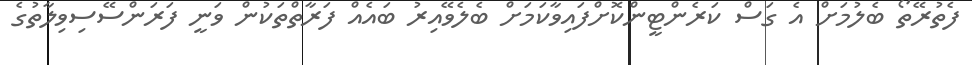
ފެތުރޭތޯ ބެލުމަށް އެ ގަސް ކަރެންޓީންކޮށްފައިވާކަމަށް ބެލެވޭއިރު ބައެއް ފަރާތްތަކުން ވަނީ ފަރަންސޭސިވިލާތުގެ